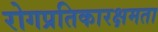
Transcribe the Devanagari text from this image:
रोगप्रतिकारक्षमता